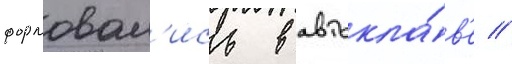
формовал'ись в автокла́в'е //